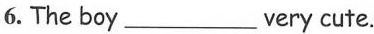
6.The boy ___ very cute.